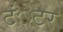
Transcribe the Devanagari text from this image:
टंेटर